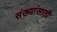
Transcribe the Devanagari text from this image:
संख्यांसाठी